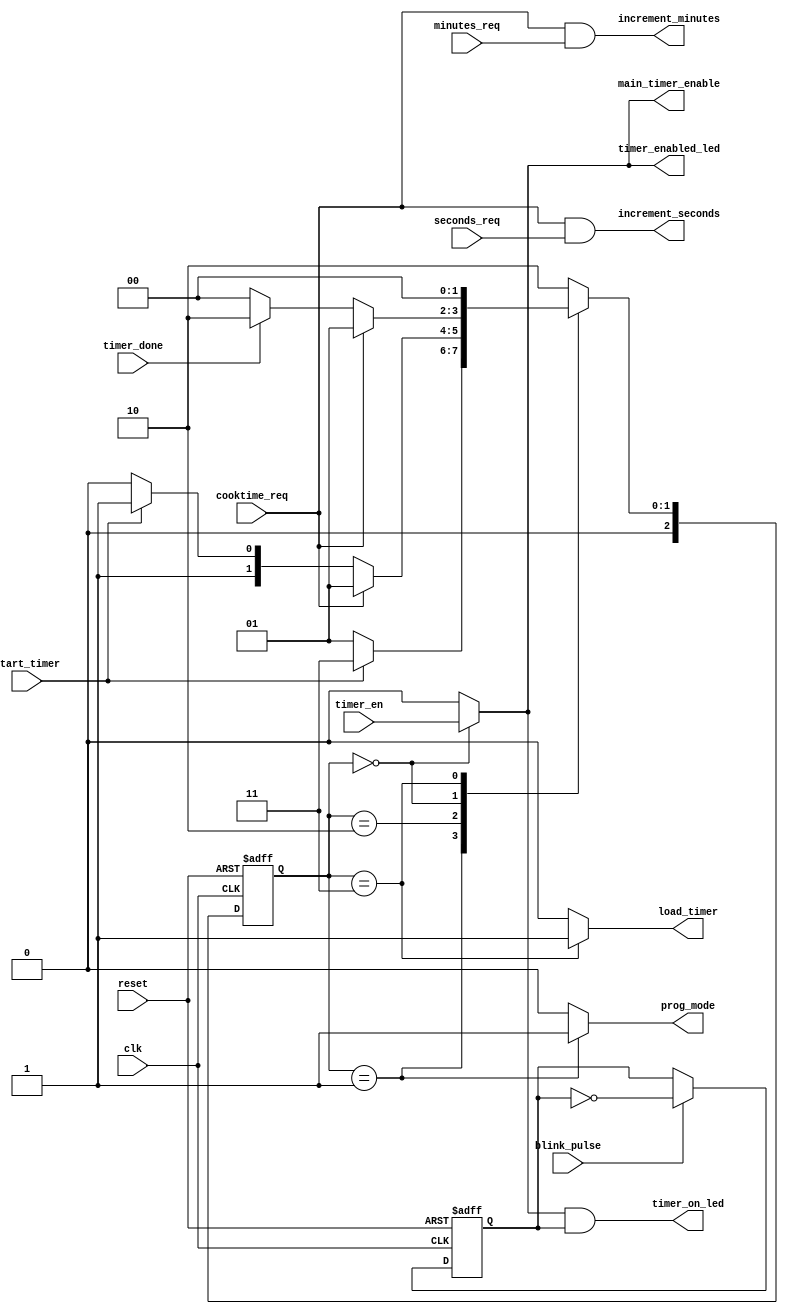
`timescale 1ns / 1ps
//////////////////////////////////////////////////////////////////////////////////
// Company: 
// Engineer: 
// 
// Design Name: 
// Module Name: main_control
// Project Name: 
// Target Devices: 
// Tool Versions: 
// Description: 
// 
// Dependencies: 
// 
// Revision:
// Revision 0.01 - File Created
// Additional Comments:
// 
//////////////////////////////////////////////////////////////////////////////////


module main_control(
        // control inputs
        input wire clk,
        input wire reset, 
        input wire cooktime_req, // cook time button/holdy button = switch
        input wire start_timer, // timer start button
        input wire timer_en, // timer enable switch
        input wire timer_done, // timer has reached zero
        input wire seconds_req, // user seconds increment request
        input wire minutes_req, // ditto for minutes
        input wire blink_pulse, // timing for the blinky light
        // control outputs
        output wire increment_seconds,
        output wire increment_minutes,
        output reg prog_mode, // allow counting in the setting counters
        output wire timer_enabled_led, // solid light
        output wire timer_on_led, // blinky light
        output reg main_timer_enable, // allow counter in the main timer
        output reg load_timer // load the main timer with the values on the setting ctrs
    );

// blinky light for timer on LED
reg flash;
always @( posedge clk, posedge reset ) begin
    if ( reset ) flash <= 0;
    else begin
        if ( blink_pulse ) flash <= ~flash;
    end
end

// main control state machine
parameter PROG = 2'b01;
parameter TIMER = 2'b00;
parameter DONE = 2'b10;
parameter LOAD = 2'b11;
reg [2:0] state, next_state;

// basic machine drive
always @( posedge clk, posedge reset ) begin
    if ( reset ) state <= TIMER;
    else state <= next_state;
end

// next state calculations
always @( state, cooktime_req, start_timer, timer_done ) begin
    case ( state )
        PROG: begin // time setting mode
            if ( start_timer ) next_state = LOAD;
            else next_state = PROG;
        end
        DONE: begin // timer has reached its end
            if ( cooktime_req ) next_state = PROG;
            else if ( start_timer ) next_state = LOAD;
            else next_state = DONE;
        end
        TIMER: begin // counting down
            if ( cooktime_req ) next_state = PROG;
            else if ( timer_done ) next_state = DONE;
            else next_state = TIMER;
        end 
        LOAD: next_state = TIMER; // load the timer with a setting
        default: next_state = DONE;
    endcase
end

// output decoding
always @ ( state, timer_en ) begin
    case ( state )
        PROG: begin
            prog_mode = 1;
            main_timer_enable = 0;
            load_timer = 0;
        end
        TIMER: begin
            prog_mode = 0;
            main_timer_enable = timer_en;
            load_timer = 0;
        end 
        LOAD: begin
            prog_mode = 0;
            main_timer_enable = 0;
            load_timer = 1;
        end
        DONE: begin
            prog_mode = 0;
            main_timer_enable = 0;
            load_timer = 0;
        end
        default: begin
            prog_mode = 0;
            main_timer_enable = 0;
            load_timer = 0;
        end
    endcase
end

assign timer_enabled_led = main_timer_enable; // not programming or done
assign timer_on_led = main_timer_enable & flash;

assign increment_seconds = cooktime_req & seconds_req;
assign increment_minutes = cooktime_req & minutes_req;

endmodule